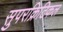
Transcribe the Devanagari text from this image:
सुपरक्रिटिकल